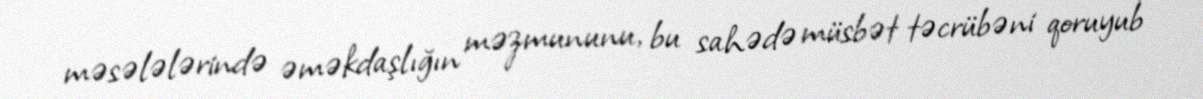
məsələlərində əməkdaşlığın məzmununu, bu sahədə müsbət təcrübəni qoruyub